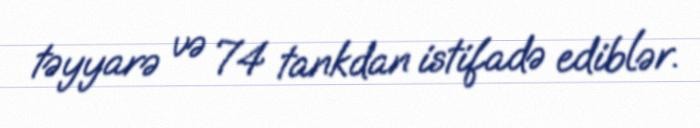
təyyarə və 74 tankdan istifadə ediblər.